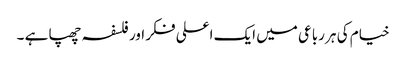
خیام کی ہر رباعی میں ایک اعلی فکر اور فلسفہ چھپا ہے ۔